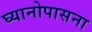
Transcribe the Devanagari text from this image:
घ्यानोपासना